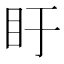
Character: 盱